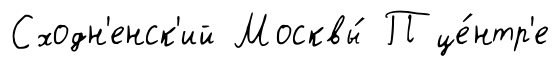
Сходн'енск'ий Москвы́ П це́нтр'е